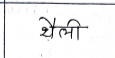
मजकूर: थैली